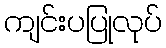
ကျင်းပပြုလုပ်